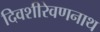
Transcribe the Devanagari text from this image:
दिवशीरेवणनाथ